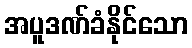
အပူဒဏ်ခံနိုင်သော